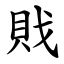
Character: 戝